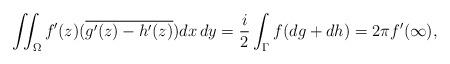
LaTeX: \begin{align*}\iint_{\Omega}f'(z)(\overline{g'(z)-h'(z)})dx \, dy = \frac{i}{2} \int_{\Gamma}f(dg+dh)=2\pi f'(\infty),\end{align*}